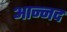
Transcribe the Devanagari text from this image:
आन्‍नद